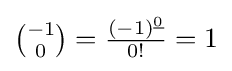
{\tbinom {-1}{0}}={\tfrac {(-1)^{\underline {0}}}{0!}}=1